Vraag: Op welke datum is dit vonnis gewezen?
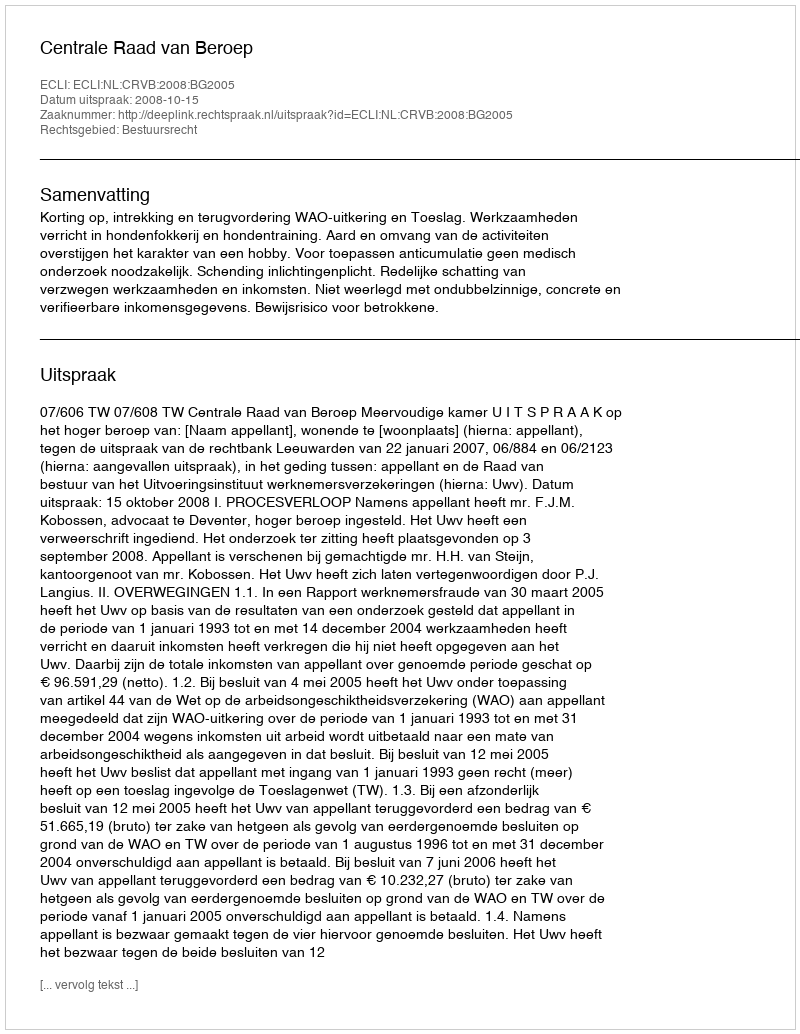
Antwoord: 2008-10-15